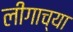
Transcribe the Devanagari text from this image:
लीगाच्या